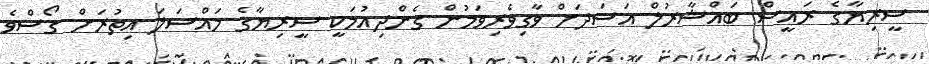
ސީރިޔާގެ ރައީސް ބައްޝާރުލް އަސަދަށް ވާގިވެރިވަމުން ގެންދިއުމަކީ ސީރިޔާގެ މައްސަލަ އިތުރަށް ގޯސްވެ